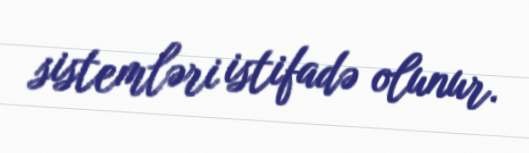
sistemləri istifadə olunur.